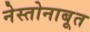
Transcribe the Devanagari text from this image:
नेस्तोनाबूत